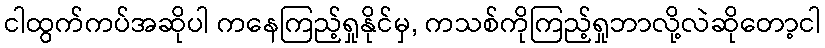
ငါထွက်ကပ်အဆိုပါ ကနေကြည့်ရှုနိုင်မှ, ကသစ်ကိုကြည့်ရှုဘာလို့လဲဆိုတော့ငါ